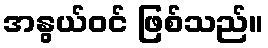
အနွယ်ဝင် ဖြစ်သည်။